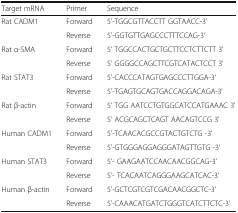
<table><thead><tr><td><b>Target mRNA</b></td><td><b>Primer</b></td><td><b>Sequence</b></td></tr></thead><tbody><tr><td rowspan="2">Rat CADM1</td><td>Forward</td><td>5&#x27;-TGGCGTTACCTT GGTAACC-3&#x27;</td></tr><tr><td>Reverse</td><td>5&#x27;-GGTGTTGAGCCCTTTCCAG-3&#x27;</td></tr><tr><td rowspan="2">Rat α-SMA</td><td>Forward</td><td>5&#x27; TGGCCACTGCTGCTTCCTCTTCTT 3&#x27;</td></tr><tr><td>Reverse</td><td>5&#x27; GGGGCCAGCTTCGTCATACTCCT 3&#x27;</td></tr><tr><td rowspan="2">Rat STAT3</td><td>Forward</td><td>5&#x27;-CACCCATAGTGAGCCCTTGGA-3&#x27;</td></tr><tr><td>Reverse</td><td>5&#x27;-TGAGTGCAGTGACCAGGACAGA-3&#x27;</td></tr><tr><td rowspan="2">Rat β-actin</td><td>Forward</td><td>5&#x27; TGG AATCCTGTGGCATCCATGAAAC 3&#x27;</td></tr><tr><td>Reverse</td><td>5&#x27; ACGCAGCTCAGT AACAGTCCG 3&#x27;</td></tr><tr><td rowspan="2">Human CADM1</td><td>Forward</td><td>5&#x27;-TCAACACGCCGTACTGTCTG -3&#x27;</td></tr><tr><td>Reverse</td><td>5&#x27;-GTGGGAGGAGGGATAGTTGTG -3&#x27;</td></tr><tr><td rowspan="2">Human STAT3</td><td>Forward</td><td>5&#x27;- GAAGAATCCAACAACGGCAG-3&#x27;</td></tr><tr><td>Reverse</td><td>5&#x27;- TCACAATCAGGGAAGCATCAC-3&#x27;</td></tr><tr><td rowspan="2">Human β-actin</td><td>Forward</td><td>5&#x27;-GCTCGTCGTCGACAACGGCTC-3&#x27;</td></tr><tr><td>Reverse</td><td>5&#x27;-CAAACATGATCTGGGTCATCTTCTC-3&#x27;</td></tr></tbody></table>